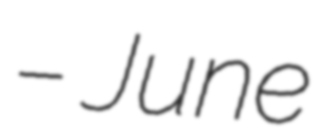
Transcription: – June